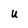
Character: u